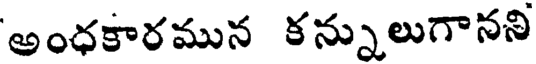
అంధకారమున కన్నులుగానని